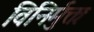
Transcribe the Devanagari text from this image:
विनिर्मुक्तः